Civil Veterinary Department Bihar reports 1940-50 - 1940-1950
Year: 1940
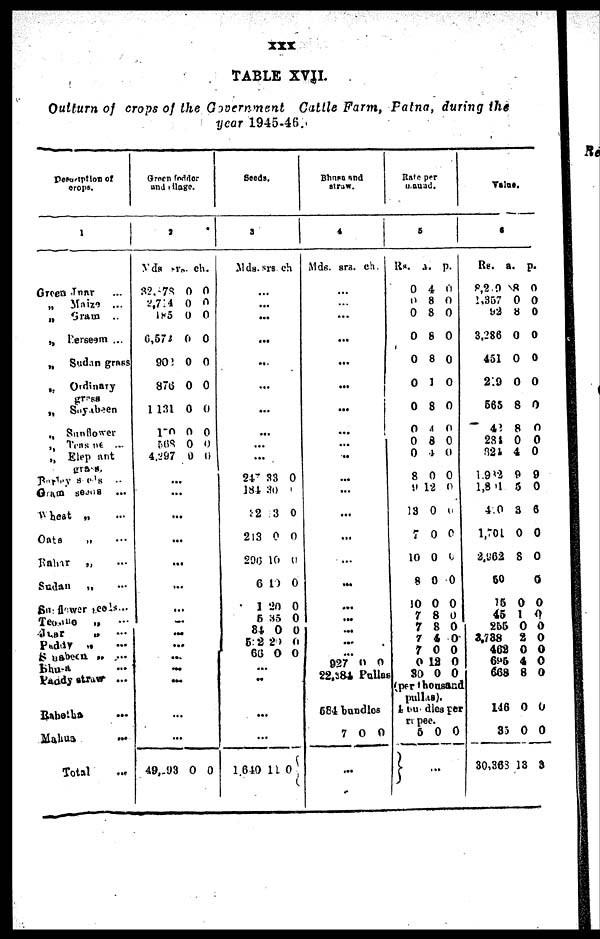
XXX
Outturn of crops of the Government Cattle Farm, Patna, during the
year 1945-48.
Desorption of
crops.
1
Green Jaar ...
„ Maize ...
„ Gram
..
„ Derseem ...
„ Sudan grass
„ Ordinary
„ Soyabeen
„ Sunflower
„ Teasane ...
„ Elep ant
grass.
Repley Seeds ...
Gram seens
...
„ heat „ ...
Oats „ ...
Rahar „ ...
Sudan „ ...
Sunflower seeds ...
Tealle „ ...
Jaar „ ...
Paddy
„
...
Soabeen „ ...
Bhura ...
Paddy straw ...
Babetha ...
Mahus
...
Total
Green fodder
and village.
2
yds.
32,178
2,714
185
6,574
90*
876
1,131
170
568
4,297
Rs.
0
0
0
0
0
0
0
0
0
0
ch.
0
A
0
0
0
0
0
0
0
0
...
...
...
...
...
...
...
...
...
...
...
49,193 0 0
Seeds.
3
Mds. srs ch
...
...
...
...
...
...
...
...
...
24"
18i
:-2
213
296
C
1
5
84
512
66
33
30
3
0
10
10
20
35
0
20
0
0
0
0
0
0
0
0
0
0
0
..
..
..
1,640 11
0
Bhasa and
atraw.
4
Mds. srs. ch.
...
...
...
...
...
...
...
...
...
..
...
...
...
...
...
...
...
...
...
...
...
927 0
0
22,384 Pullas
584 bundles
7
0
0
...
Rate per
mauad.
5
Rs.
0
0
0
0
0
0
0
0
0
0
8
9
13
10
8
50
7
7
7
7
0
30
a.
4
8
8
8
8
1
8
4
8
4
0
12
0
0
0
0
0
8
8
4
0
12
0
p.
0
0
0
0
0
0
0
0
0
0
0
0
0
0
0
0
0
0
0
0
0
0
0
(per thousand
pullas).
Ebu dies per
rupee.
5 0 0
...
Value.
6
Rs.
8,219
1,357
92
3,286
451
219
605
42
284
321
1,982
1,801
4.0
1,701
2,962
50
15
45
255
3,738
462
695
668
a.
8
0
8
0
0
0
8
8
0
4
9
5
3
0
8
0
1
0
2
0
4
8
p.
0
0
0
0
0
0
0
0
0
0
0
0
6
0
0
0
0
0
0
0
0
0
0
146
83
30,303
0
0
13
0
0
3